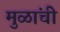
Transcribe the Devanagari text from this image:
मुळांची